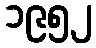
၁၉၅၂